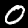
Digit: 0